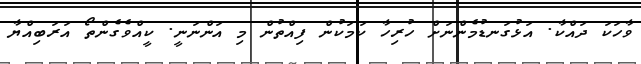
ވާހަކަ ދައްކާ. އަޅުގަނޑުމެންނަށް ހުރިހާ ކަމަކުން ފިއްތުން މި އަންނަނީ. ކީއްވެގެންތޯ އަރަބިއްޔާ